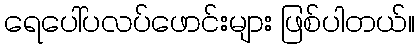
ရေပေါ်ပလပ်ဖောင်းများ ဖြစ်ပါတယ်။